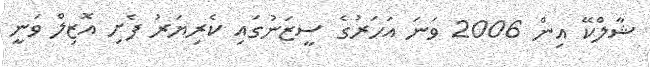
ޝާލްކޭ އިން 2006 ވަނަ އަހަރުގެ ސީޒަނުގައި ކެރިޔަރު ފެށި އޮޒިލް ވަނީ